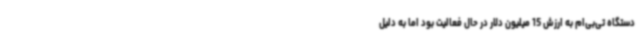
دستگاه تی‌بی‌ام به ارزش 15 میلیون دلار در حال فعالیت بود اما به دلیل